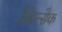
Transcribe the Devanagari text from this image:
हेकेन्सेक